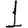
Digit: 1